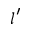
l ^ { \prime }